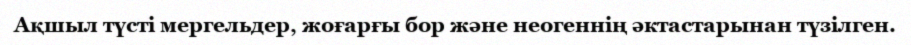
Ақшыл түсті мергельдер, жоғарғы бор және неогеннің әктастарынан түзілген.